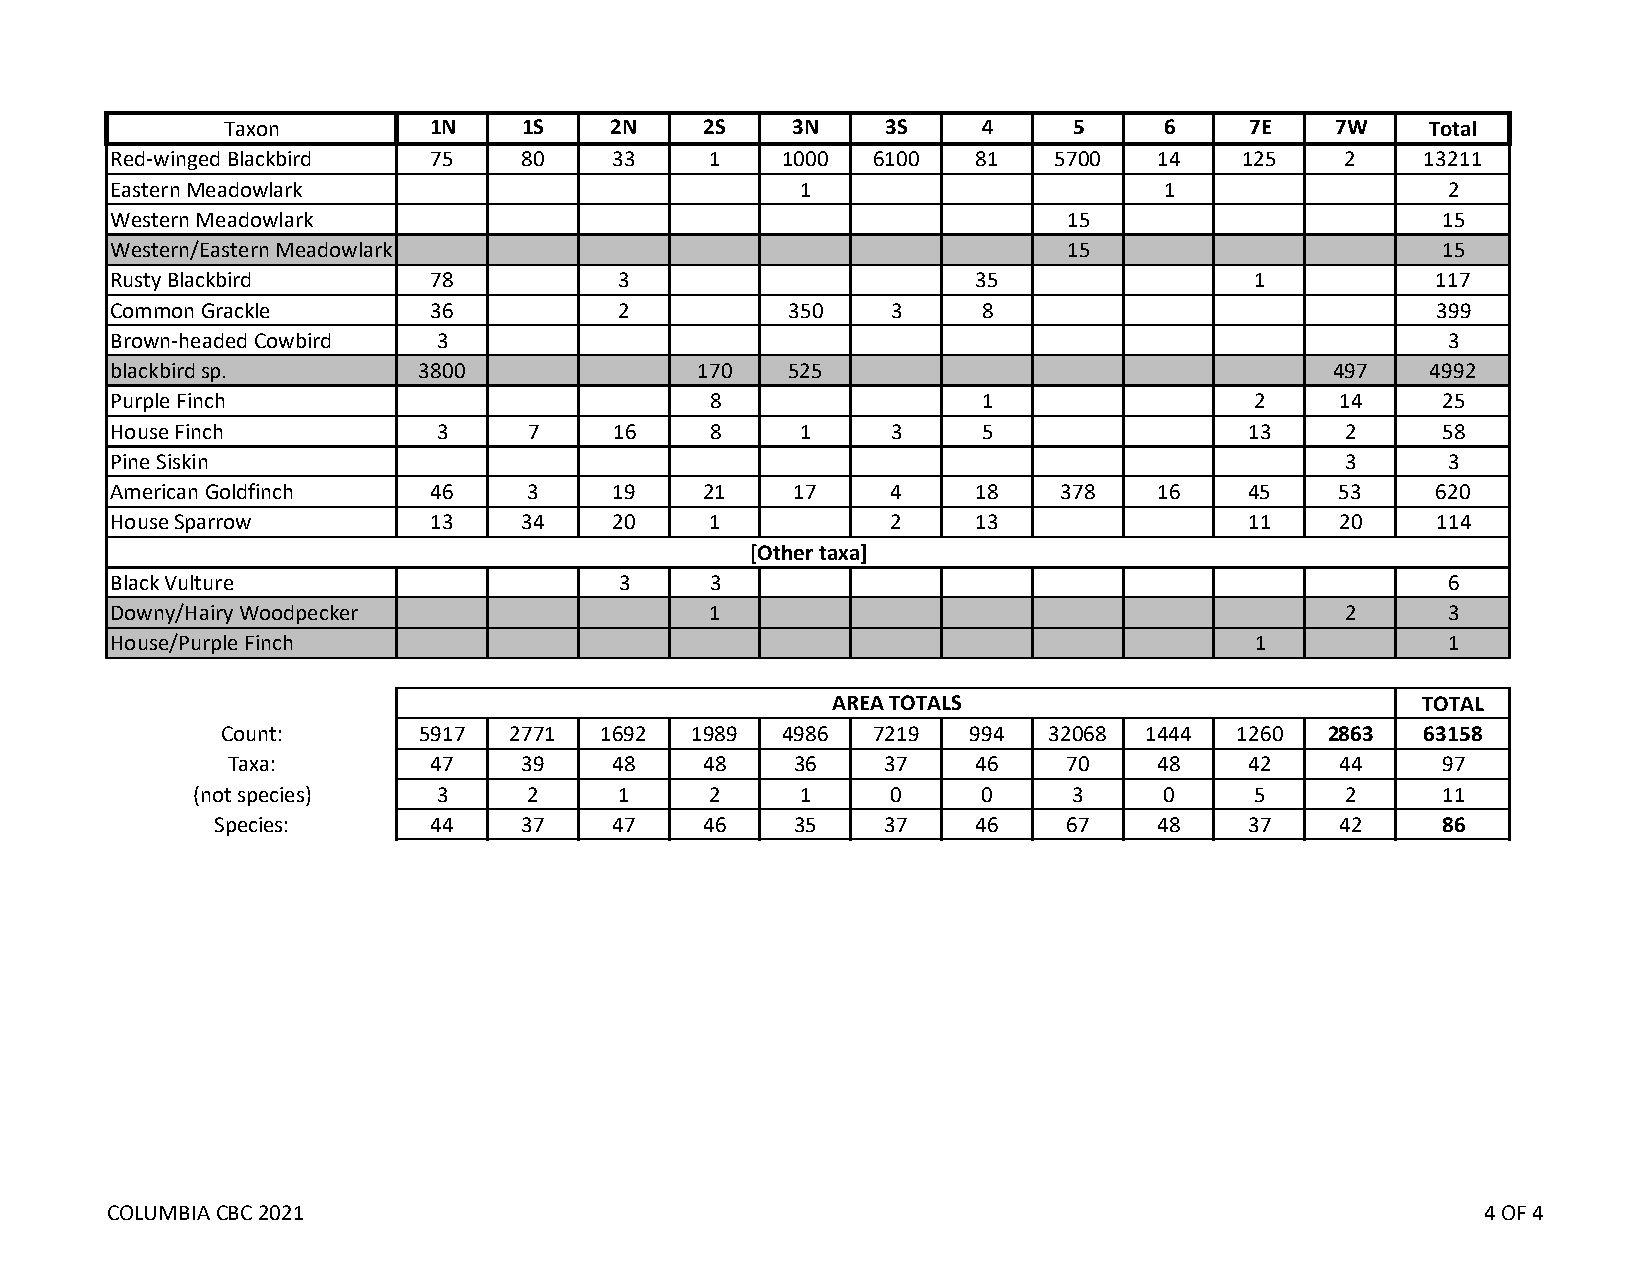
Taxon        1N     1S   2N     2S   3N     3S    4     5     6     7E   7W     Total
 Red‐winged Blackbird  75    80    33    1    1000  6100   81   5700   14   125    2    13211
 Eastern Meadowlark                            1                       1                  2
 Western Meadowlark                                              15                      15
 Western/Eastern Meadowlark                                      15                      15
 Rusty Blackbird       78          3                       35                1           117
 Common Grackle        36          2          350    3     8                             399
 Brown‐headed Cowbird  3                                                                  3
 blackbird sp.        3800              170   525                                 497    4992
 Purple Finch                            8                 1                 2     14    25
 House Finch           3     7     16    8     1     3     5                 13    2     58
 Pine Siskin                                                                       3      3
 American Goldfinch    46    3     19    21    17    4     18   378    16    45    53    620
 House Sparrow         13    34    20    1           2     13                11    20    114
 [Other taxa]
 Black Vulture                     3     3                                                6
 Downy/Hairy Woodpecker                  1                                         2      3
 House/Purple Finch                                                          1            1
 AREA TOTALS                            TOTAL
 Count:       5917  2771  1692  1989  4986  7219  994  32068  1444  1260  2863  63158
 Taxa:         47    39    48    48    36    37    46    70    48    42    44    97
 (not species)   3     2     1     2     1     0     0     3     0     5     2     11
 Species:       44    37    47    46    35    37    46    67    48    37    42    86
 COLUMBIA CBC 2021                                                                          4 OF 4